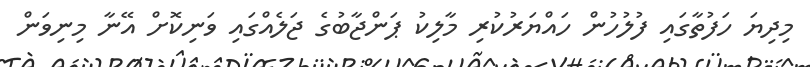
މިދިޔަ ހަފުތާގައި ފުލުހުން ހައްޔަރުކުރި މާލިކު ޕަންޖާބުގެ ޖަލެއްްގައި ވަނިކޮށް އޭނާ މިނިވަން